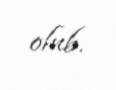
olub.